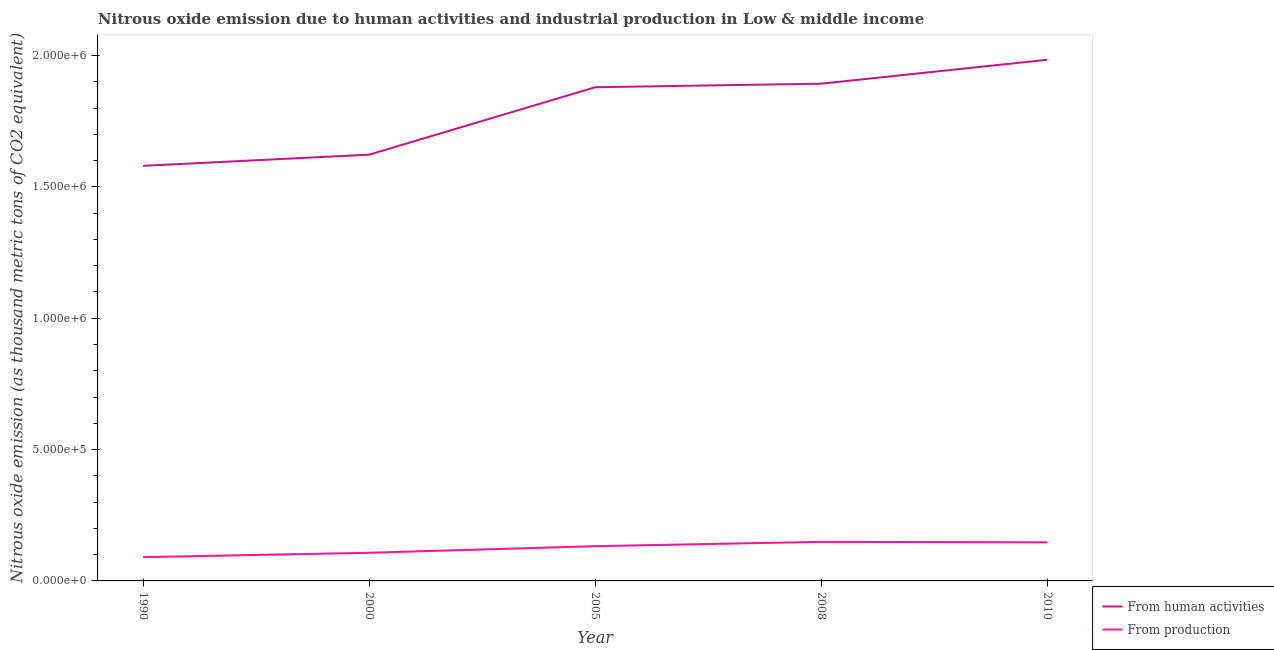
| Year | From human activities | From production |
 | --- | --- | --- |
 | 1990 | 1.58e+06 | 9.05e+04 |
 | 2000 | 1.62e+06 | 1.07e+05 |
 | 2005 | 1.88e+06 | 1.32e+05 |
 | 2008 | 1.89e+06 | 1.49e+05 |
 | 2010 | 1.98e+06 | 1.47e+05 |